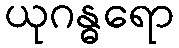
ယုဂန္ဓရော